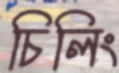
চিলিং